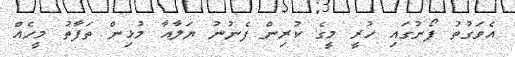
އެވަގުތު ފޯނުގައި ހުރީ މީގެ ކުރިން ފެނުނު ޔަލާއާ މުޅިން ތަފާތު މީހެއް